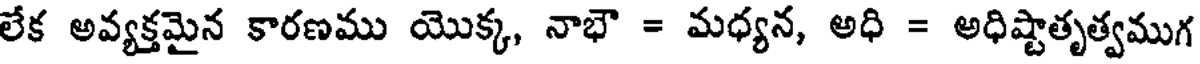
లేక అవ్యక్తమైన కారణము యొక్క, నాభౌ = మధ్యన, అధి = అధిష్టాతృత్వముగ